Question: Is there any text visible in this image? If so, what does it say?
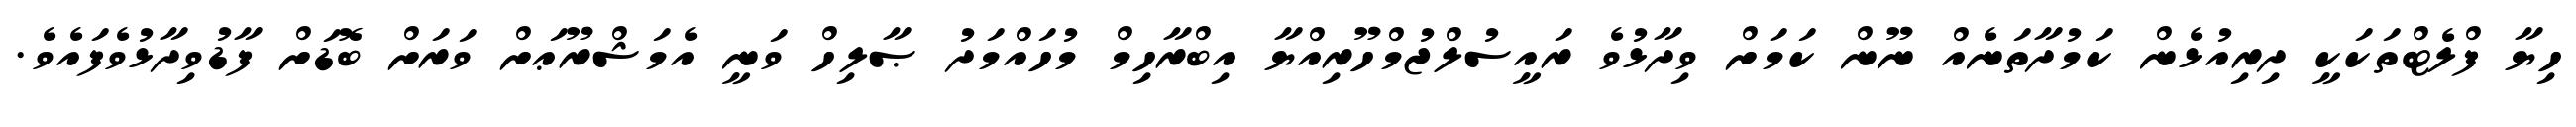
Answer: ހިޔާ ފްލެޓްތަކަކީ ދިރިއުޅެން ކަމުދާތަނެއް ނޫން ކަމަށް ވިދާޅުވެ ރައީސުލްޖުމްހޫރިއްޔާ އިބްރާހިމް މުހައްމަދު ޞާލިހް ވަނީ އެމަޝްރޫޢަށް ވަރަށް ބޮޑަށް ފާޑުވިދާޅުވެފައެވެ.